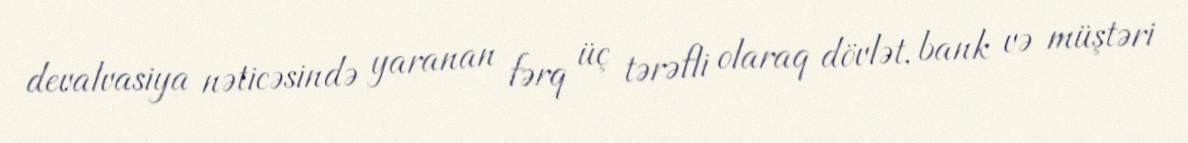
devalvasiya nəticəsində yaranan fərq üç tərəfli olaraq dövlət, bank və müştəri